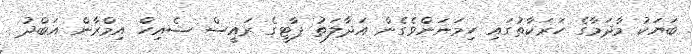
ބަޔަކު މާދަމާގެ ހަރަކާތުގައި ހިމަނަންވެގެން އަދާލަތު ޕާޓީގެ ރައީސް ޝެއިހް އިމްރާން އަބްދު